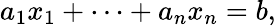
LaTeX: a_{1}x_{1}+\cdots+a_{n}x_{n}=b,